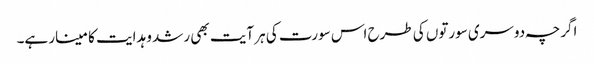
اگرچہ دوسری سورتوں کی طرح اس سورت کی ہر آیت بھی رشد و ہدایت کا مینار ہے۔